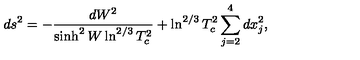
d s ^ { 2 } = - \frac { d W ^ { 2 } } { \sinh ^ { 2 } W \ln ^ { 2 / 3 } T _ { c } ^ { 2 } } + \ln ^ { 2 / 3 } T _ { c } ^ { 2 } \sum _ { j = 2 } ^ { 4 } d x _ { j } ^ { 2 } ,